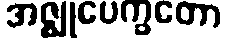
အဇ္ဈုပေက္ခတော